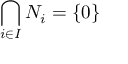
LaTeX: \bigcap _ { i \in I } N _ { i } = \{ 0 \}